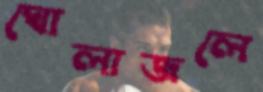
ঘোলাজলে